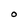
Character: O